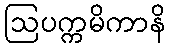
ဩပက္ကမိကာနိ